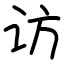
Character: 访